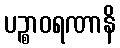
ပဉ္စာဝရဏာနိ